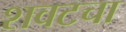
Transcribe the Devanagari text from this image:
शवटचा